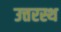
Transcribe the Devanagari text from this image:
उत्तरस्थ